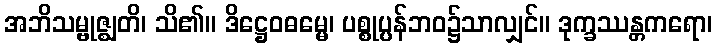
အဘိသမ္ဗုဇ္ဈတိ၊ သိ၏။ ဒိဋ္ဌေဝဓမ္မေ၊ ပစ္စုပ္ပန်ဘဝ၌သာလျှင်။ ဒုက္ခဿန္တကရော၊